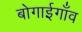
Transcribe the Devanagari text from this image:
बोगाईगाँव